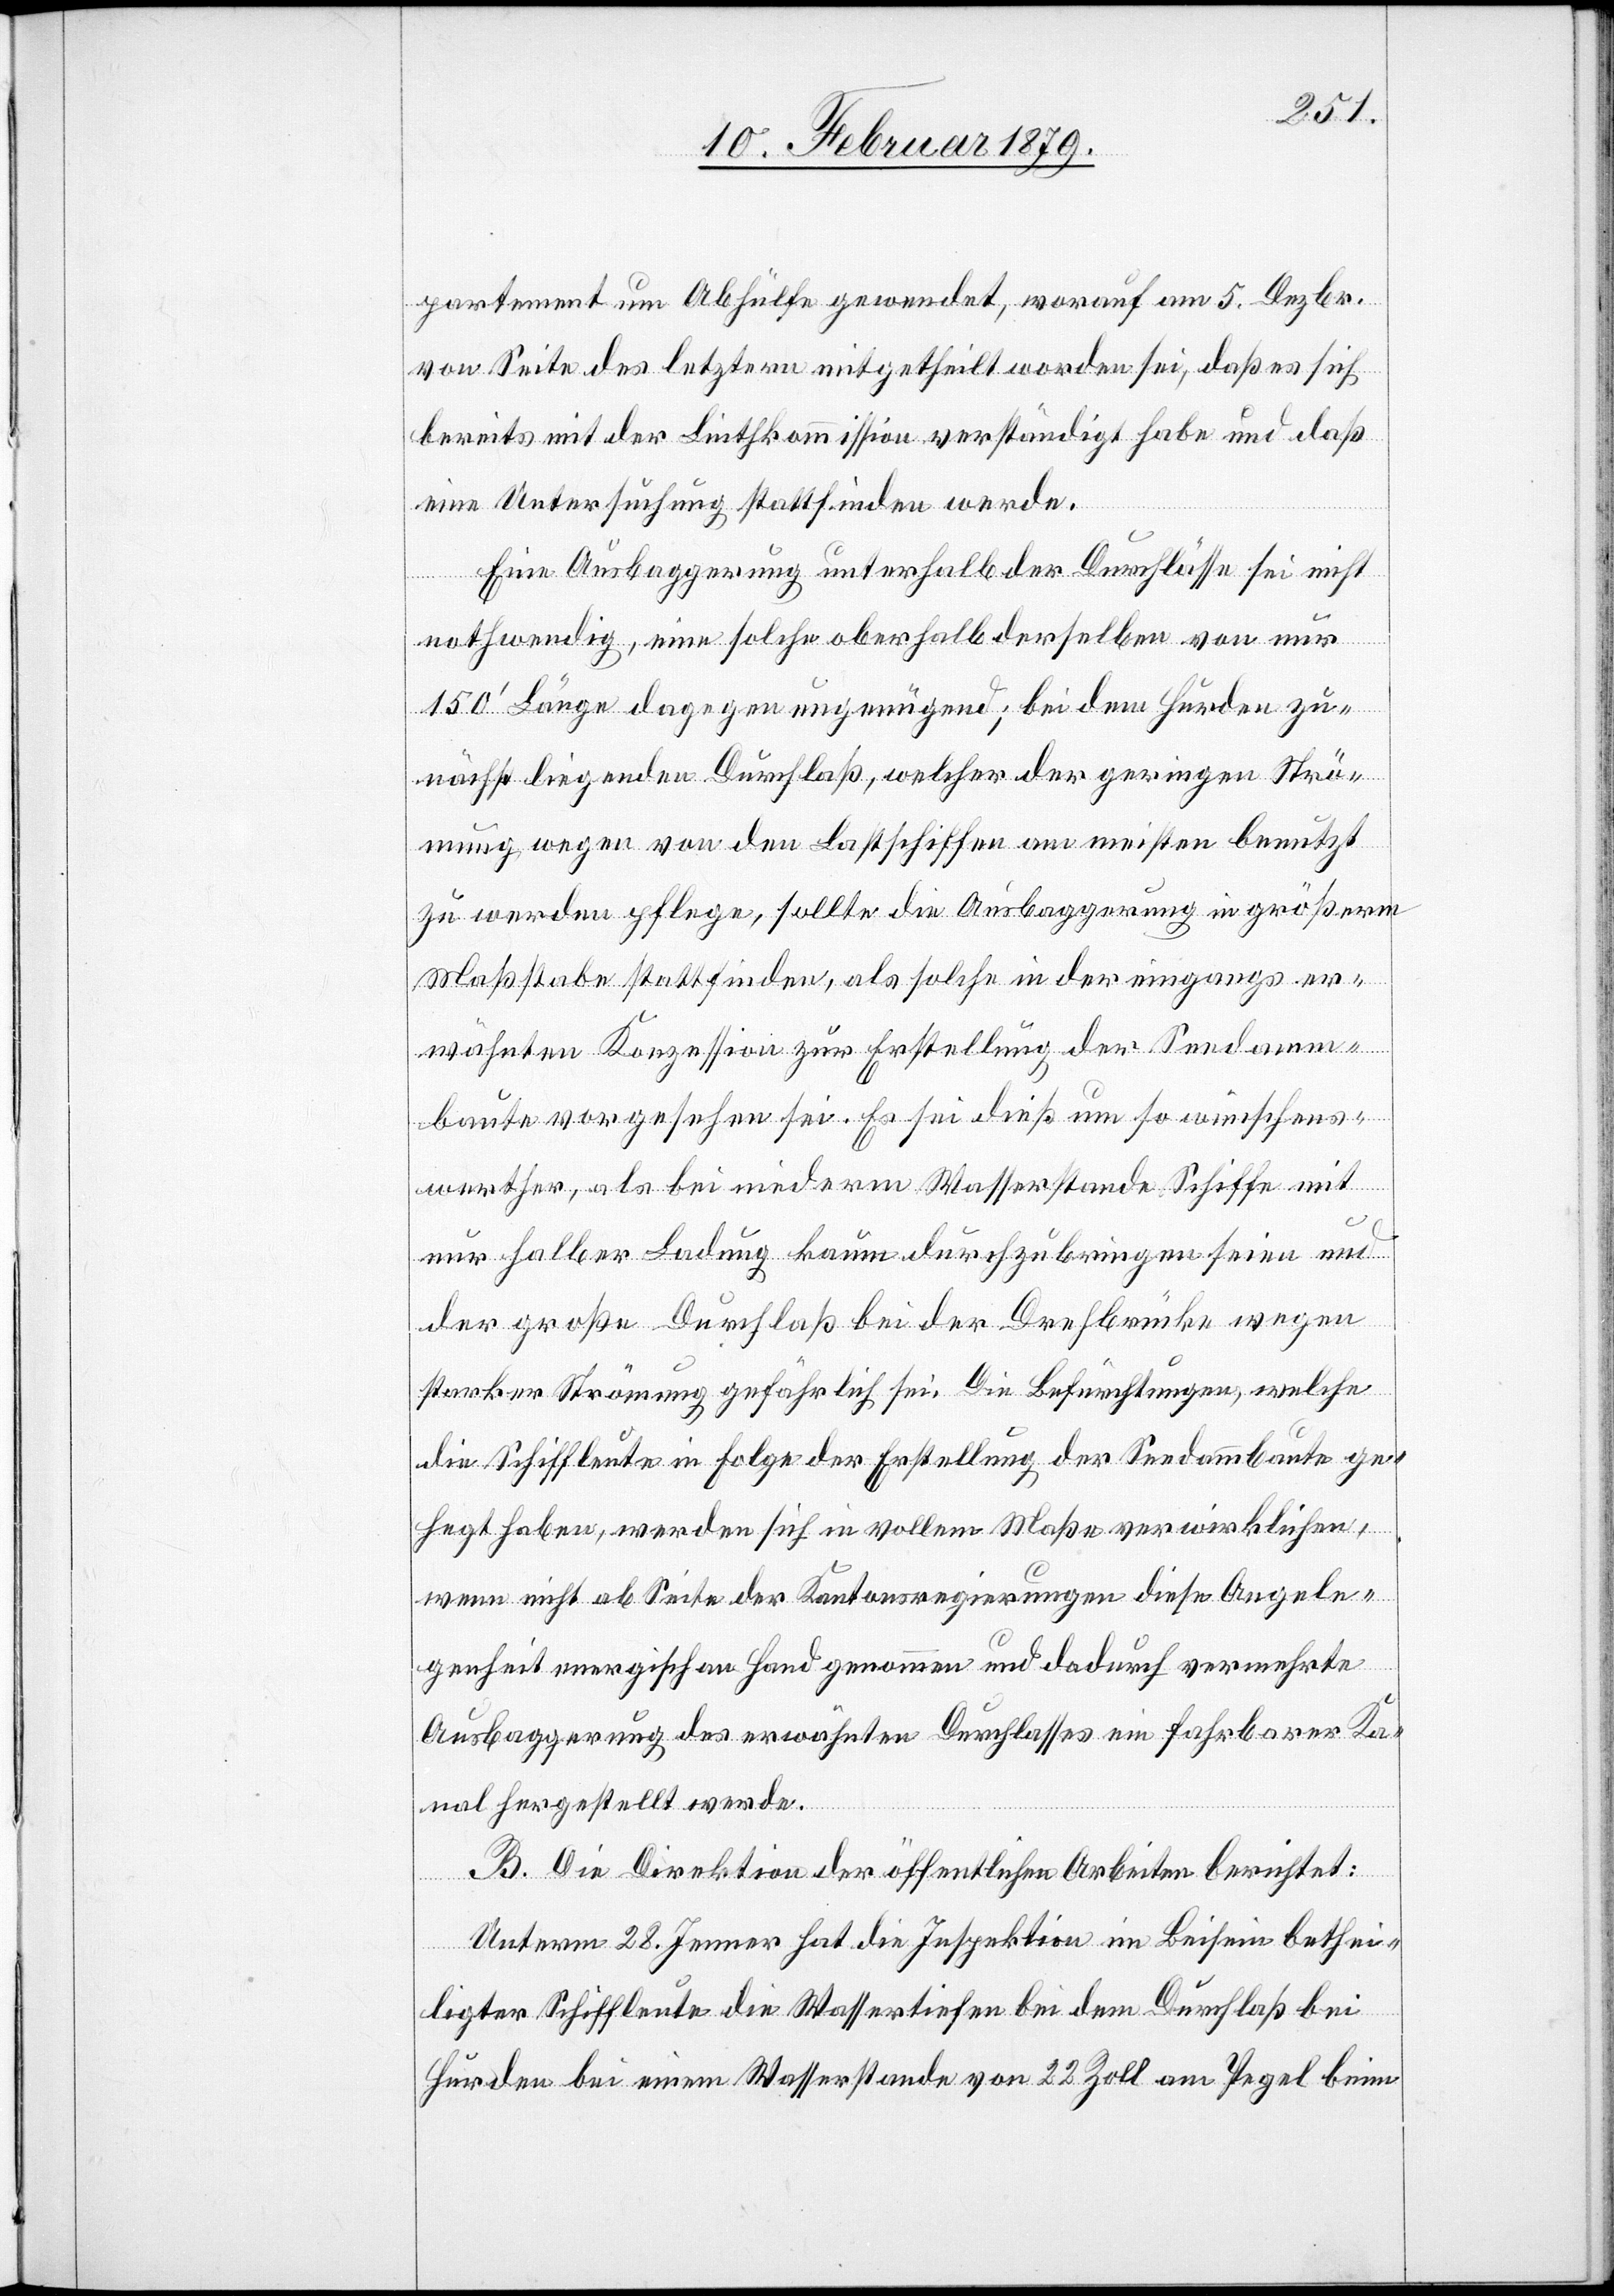
partement um Abhülfe gewendet, worauf am 5. Dezbr.
von Seite des letztern mitgetheilt worden sei, daß es sich
bereits mit der Linthkommission verständigt habe und daß
eine Untersuchung stattfinden werde.
Eine Ausbaggerung unterhalb der Durchlässe sei nicht
nothwendig, eine solche oberhalb derselben von nur
150’ Länge dagegen ungenügend; bei dem Hurden zu¬
nächst liegenden Durchlaß, welcher der geringen Strö¬
mung wegen von den Lastschiffen am meisten benutzt
zu werden pflege, sollte die Ausbaggerung in größerm
Maßstabe stattfinden, als solche in der eingangs er¬
wähnten Konzession zur Erstellung der Seedamm¬
baute vorgesehen sei. Es sei dieß um so wünschens¬
werther, als bei niederm Wasserstande Schiffe mit
nur halber Ladung kaum durchzubringen seien und
der große Durchlaß bei der Drehbrücke wegen
starker Strömung gefährlich sei. Die Befürchtungen, welche
die Schiffleute in Folge der Erstellung der Seedammbaute ge¬
hegt haben, werden sich in vollem Maße verwirklichen,
wenn nicht ab Seite der Kantonsregierungen diese Angele¬
genheit energisch an Hand genommen und dadurch [recte:
Ausbaggerung des erwähnten Durchlasses ein fahrbarer Ka¬
nal hergestellt werde.
B. Die Direktion der öffentlichen Arbeiten berichtet:
vermehrte
Unterm 28. Jenner hat die Inspektion im Beisein bethei¬
ligter Schiffleute die Wassertiefen bei dem Durchlaß bei
Hurden bei einem Wasserstande von 22 Zoll am Pegel beim